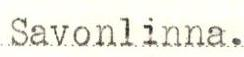
Savonlinna.